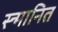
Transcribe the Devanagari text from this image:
स्न्मानित